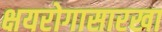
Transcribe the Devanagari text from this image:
क्षयरोगासारखा